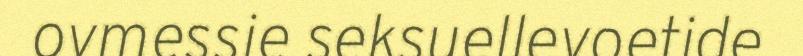
ovmessie seksuellevoetide.